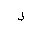
Letter: _lam